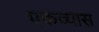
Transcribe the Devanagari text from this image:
एकव्यास